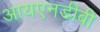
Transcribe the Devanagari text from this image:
आयएनडीबी